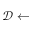
\mathcal { D } \gets